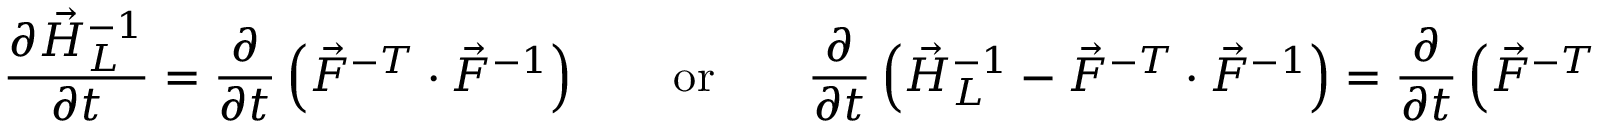
\frac { \partial \vec { H } _ { L } ^ { - 1 } } { \partial t } = \frac { \partial } { \partial t } \left( \vec { F } ^ { - T } \cdot \vec { F } ^ { - 1 } \right) \qquad \mathrm { o r } \qquad \frac { \partial } { \partial t } \left( \vec { H } _ { L } ^ { - 1 } - \vec { F } ^ { - T } \cdot \vec { F } ^ { - 1 } \right) = \frac { \partial } { \partial t } \left( \vec { F } ^ { - T } \cdot \vec { A } _ { L } ^ { - 1 } \cdot \vec { F } ^ { - 1 } - \vec { F } ^ { - T } \cdot \vec { F } ^ { - 1 } \right) = \boldsymbol { 0 } .